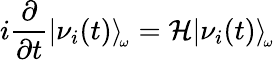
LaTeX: i\frac{\partial}{\partial t}|\nu_{i}(t)\rangle_{\! _{\omega}}={\cal H}|\nu_{i}(t)\rangle_{\! _{\omega}}